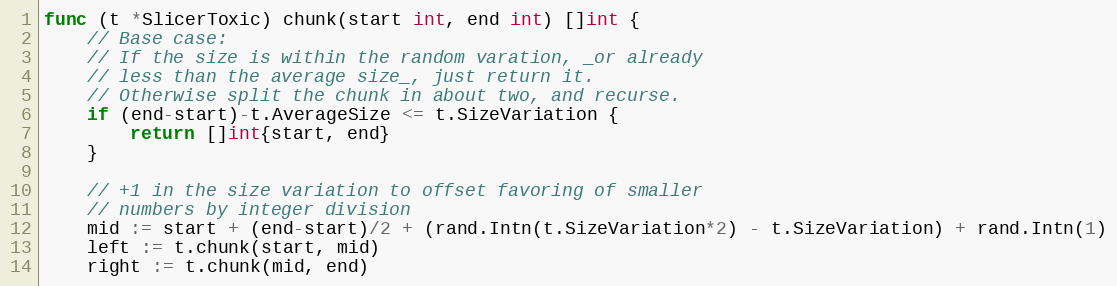
Language: Go
func (t *SlicerToxic) chunk(start int, end int) []int {
	// Base case:
	// If the size is within the random varation, _or already
	// less than the average size_, just return it.
	// Otherwise split the chunk in about two, and recurse.
	if (end-start)-t.AverageSize <= t.SizeVariation {
		return []int{start, end}
	}

	// +1 in the size variation to offset favoring of smaller
	// numbers by integer division
	mid := start + (end-start)/2 + (rand.Intn(t.SizeVariation*2) - t.SizeVariation) + rand.Intn(1)
	left := t.chunk(start, mid)
	right := t.chunk(mid, end)